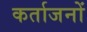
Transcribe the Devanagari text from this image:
कर्ताजनों